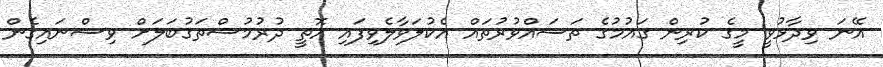
އޭނަ ވިދާޅުވީ މީގެ ކުރިން ގައުމުގެ ތަސައްވުރުތައް އެކުލަވާލެވިފައި އޮތީ ދުރުމުސްތަގުބަލަށް ވިސްނައިގެން